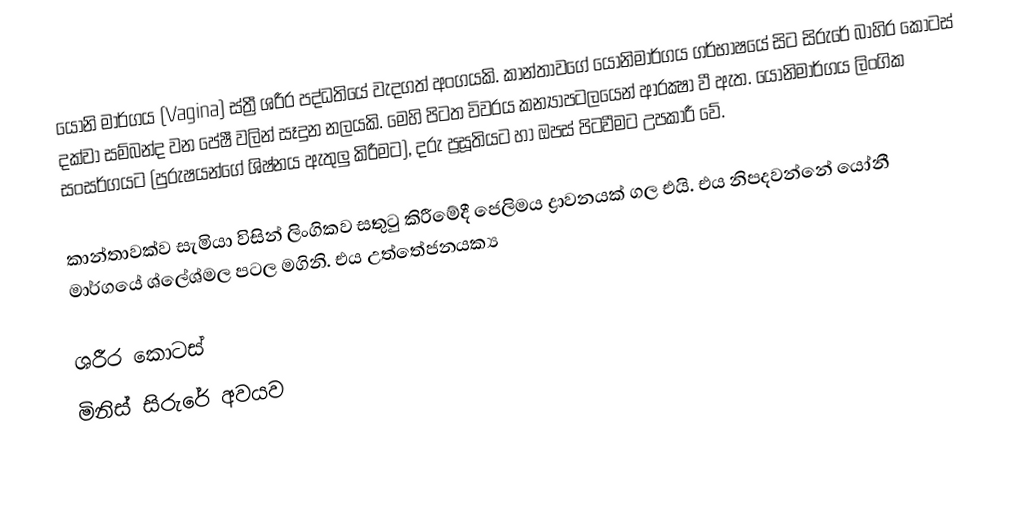
යෝනි මාර්ගය (Vagina) ස්ත්‍රී ශරීර පද්ධතියේ වැදගත් අංගයකි. කාන්තාවගේ යෝනිමාර්ගය ගර්භාෂයේ සිට සිරුරේ බාහිර කොටස් දක්වා සම්බන්ද වන පේෂී වලින් සෑදුන නලයකි. මෙහි පිටත විවරය කන්‍යාපටලයෙන් ආරක්‍ෂා වී ඇත​. යෝනිමාර්ගය ලිංගික සංසර්ගයට (පුරුෂයන්ගේ ශිෂ්නය ඇතුලු කිරීමට), දරු ප්‍රසූතියට හා ඔපස් පිටවීමට උපකාරී වේ.

කාන්තාවක්ව සැමියා විසින් ලිංගිකව සතුටු කිරීමේදී ජෙලිමය ද්‍රාවනයක් ගල එයි. එය නිපදවන්නේ යෝනී මාර්ගයේ ශ්ලේශ්මල පටල මගිනි. එය උත්තේජනයක්‍ය

ශරීර කොටස්
මිනිස් සිරුරේ අවයව